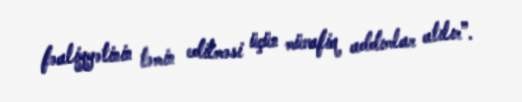
fəaliyyətinin təmin edilməsi üçün müvafiq addımlar atılır”.